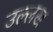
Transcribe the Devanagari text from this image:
उल्लख